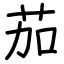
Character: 茄